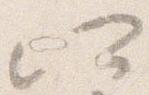
所